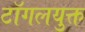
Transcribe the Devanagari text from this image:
टॉगलयुक्त